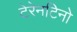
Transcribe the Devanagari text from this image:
टेरेनटिनो